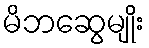
မိဘဆွေမျိုး